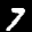
Label: 7